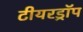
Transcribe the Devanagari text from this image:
टीयरड्रॉप